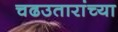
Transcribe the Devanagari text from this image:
चढउतारांच्या